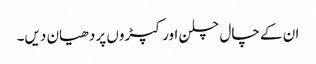
ان کے چال چلن اور کپڑوں پر دھیان دیں۔